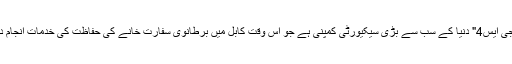
اسی طرح "جی ایس4" دنیا کے سب سے بڑی سیکیورٹی کمپنی ہے جو اس وقت کابل میں برطانوی سفارت خانے کی حفاظت کی خدمات انجام دے رہی ہے۔